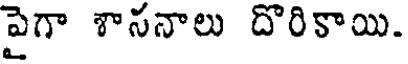
పైగా శాసనాలు దొరికాయి.